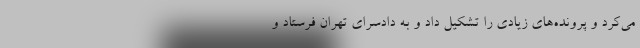
می‌کرد و پرونده‌های زیادی را تشکیل داد و به دادسرای تهران فرستاد و